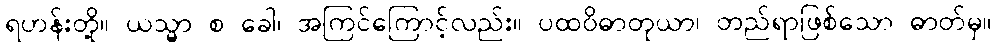
ရဟန်းတို့။ ယသ္မာ စ ခေါ၊ အကြင်ကြောင့်လည်း။ ပထဝိဓာတုယာ၊ တည်ရာဖြစ်သော ဓာတ်မှ။